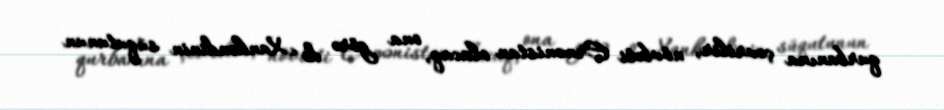
qurbanına çevrilir, növbəti Ermənistan olacaq, ona görə də Xankəndinin süqutunun